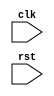
module loop_with_conditionals (
    input wire clk,
    input wire rst,
    // Add input and output signals/variables here
    
);

reg [7:0] counter;

always @(posedge clk or posedge rst) begin
    if (rst) begin
        counter <= 8'b0;
    end else begin
        if (counter < 8'd10) begin
            // Add conditional statements here
            if (condition1) begin
                // Code block 1
            end else if (condition2) begin
                // Code block 2
            end else begin
                // Default code block
            end
            // Increment the counter
            counter <= counter + 1;
        end else begin
            // Reset the counter
            counter <= 8'b0;
        end
    end
end

endmodule